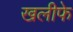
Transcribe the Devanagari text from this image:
खलीफे